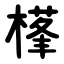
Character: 樥